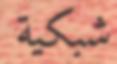
شبكية